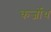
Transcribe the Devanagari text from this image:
कर्जोथ